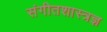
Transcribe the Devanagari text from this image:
संगीतशास्त्रज्ञ